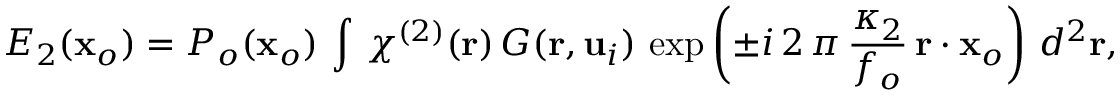
E _ { 2 } ( \mathbf { x } _ { o } ) = P _ { o } ( \mathbf { x } _ { o } ) \, \int \, \chi ^ { ( 2 ) } ( \mathbf { r } ) \, G ( \mathbf { r } , \mathbf { u } _ { i } ) \, \exp \left( \pm i \, 2 \, \pi \, \frac { \kappa _ { 2 } } { f _ { o } } \, \mathbf { r } \cdot \mathbf { x } _ { o } \right) \, d ^ { 2 } \mathbf { r } ,